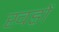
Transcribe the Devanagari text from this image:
खड़ों